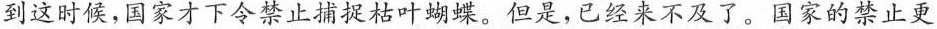
到这时候，国家才下令禁止捕捉枯叶蝴蝶。但是，已经来不及了。国家的禁止更